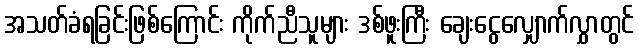
အသတ်ခံရခြင်းဖြစ်ကြောင်း ကိုက်ညီသူများ ဒစ်ဖူးကြီး ချေးငွေလျှောက်လွှာတွင်